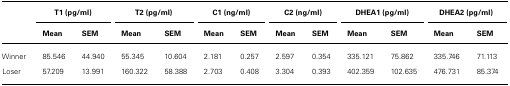
| <COLSPAN=2> T1 (pg/ml) | <COLSPAN=2> T2 (pg/ml) | <COLSPAN=2> C1 (ng/ml) | <COLSPAN=2> C2 (ng/ml) | <COLSPAN=2> DHEA1 (pg/ml) | <COLSPAN=2> DHEA2 (pg/ml) |
 | Mean | SEM | Mean | SEM | Mean | SEM | Mean | SEM | Mean | SEM | Mean | SEM |
 | --- | --- | --- | --- | --- | --- | --- | --- | --- | --- | --- | --- |
 | Winner | 85.546 | 44.940 | 55.345 | 10.604 | 2.181 | 0.257 | 2.597 | 0.354 | 335.121 | 75.862 | 335.746 | 71.113 |
 | Loser | 57.209 | 13.991 | 160.322 | 58.388 | 2.703 | 0.408 | 3.304 | 0.393 | 402.359 | 102.635 | 476.731 | 85.374 |